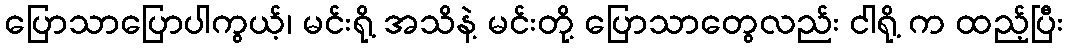
ပြောသာပြောပါကွယ့်၊ မင်းရို့ အသိနဲ့ မင်းတို့ ပြောသာတွေလည်း ငါရို့ က ထည့်ပြီး